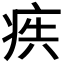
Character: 𭼋